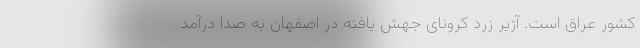
کشور عراق است. آژیرِ زرد کرونای جهش یافته در اصفهان به صدا درآمد